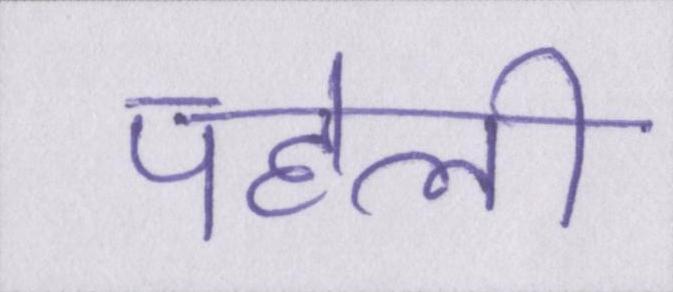
पहेली